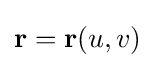
{\textbf {r}}={\textbf {r}}(u,v)